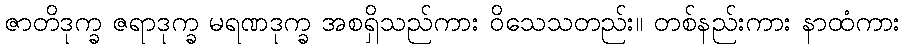
ဇာတိဒုက္ခ ဇရာဒုက္ခ မရဏဒုက္ခ အစရှိသည်ကား ဝိသေသတည်း။ တစ်နည်းကား နာထံကား